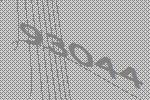
93044